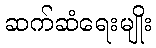
ဆက်ဆံရေးမျိုး